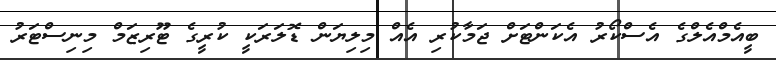
ބީއެމްއެލްގެ އެސްކޯރު އެކަންޓަށް ޖަމާކުރި އެއް މިލިޔަން ޑޮލަރަކީ ކުރީގެ ޓޫރިޒަމް މިނިސްޓަރު